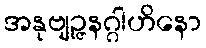
အနုဗျဉ္ဇနဂ္ဂါဟိနော